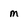
Character: m